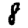
Digit: 8